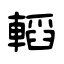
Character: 轁